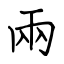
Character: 兩